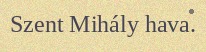
Szent Mihály hava.